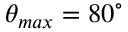
\theta _ { m a x } = 8 0 ^ { \circ }